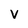
Character: v